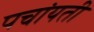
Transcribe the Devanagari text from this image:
पचांयती